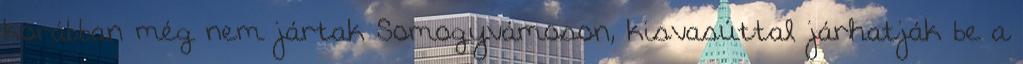
korábban még nem jártak Somogyvámoson, kisvasúttal járhatják be a